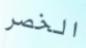
الخصر